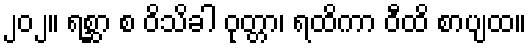
၂၀၂။ ရစ္ဆာ စ ဝိသိခါ ဝုတ္တာ၊ ရထိကာ ဝီထိ စာပျထ။